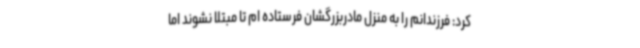
کرد: فرزندانم را به منزل مادربزرگشان فرستاده ام تا مبتلا نشوند اما